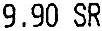
9.90 SR